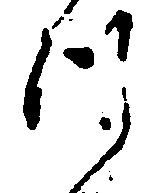
つ